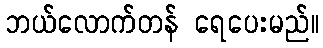
ဘယ်လောက်တန် ရေပေးမည်။